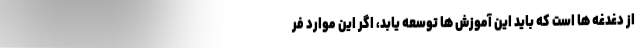
از دغدغه ها است که باید این آموزش ها توسعه یابد، اگر این موارد فر